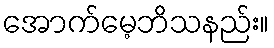
အောက်မေ့ဘိသနည်း။